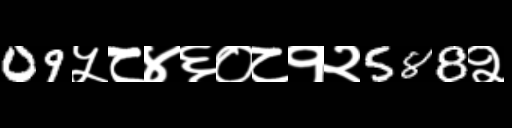
Text: 09५८४६०८१२588२